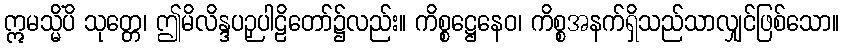
ဣမသ္မိံပိ သုတ္တေ၊ ဤမိလိန္ဒပဉှပါဠိတော်၌လည်း။ ကိစ္စဋ္ဌေနေဝ၊ ကိစ္စအနက်ရှိသည်သာလျှင်ဖြစ်သော။